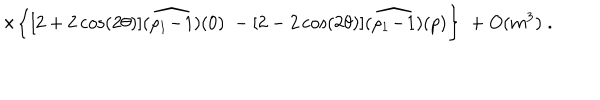
\times \bigg \{ [ 2 + 2 \cos ( 2 \theta ) ] \widehat { ( \rho _ { 1 } \! - \! 1 ) } ( 0 ) \; - [ 2 - 2 \cos ( 2 \theta ) ] \widehat { ( \rho _ { 1 } \! - \! 1 ) } ( p ) \bigg \} \; + O ( m ^ { 3 } ) \; .